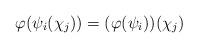
LaTeX: \begin{align*} \varphi(\psi_i(\chi_j)) = (\varphi(\psi_i))(\chi_j) \end{align*}